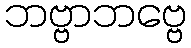
ဘဗ္ဗာဘဗ္ဗေ